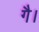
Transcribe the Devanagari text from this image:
गै।